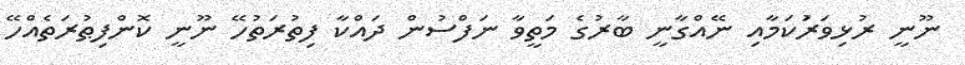
ނޫނީ ރުޅިވަރުަކަމާއި ނޭއްގާނީ ބާރުގެ މަތީވާ ނަފްސުން ދައްކާ ފިތުރަތުހޭ ނޫނީ ކޮންފިޠުރަތެއްހޭ